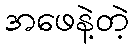
အဖေနဲ့တဲ့